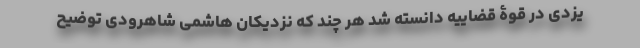
یزدی در قوۀ قضاییه دانسته شد هر چند که نزدیکان هاشمی شاهرودی توضیح